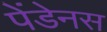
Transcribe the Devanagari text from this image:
पेंडेनस